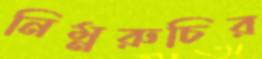
নিম্নরুচির